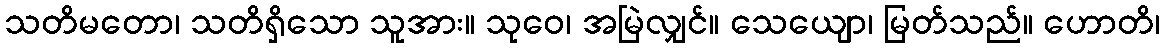
သတိမတော၊ သတိရှိသော သူအား။ သုဝေ၊ အမြဲလျှင်။ သေယျော၊ မြတ်သည်။ ဟောတိ၊